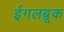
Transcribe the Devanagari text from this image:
ईगलब्रूक